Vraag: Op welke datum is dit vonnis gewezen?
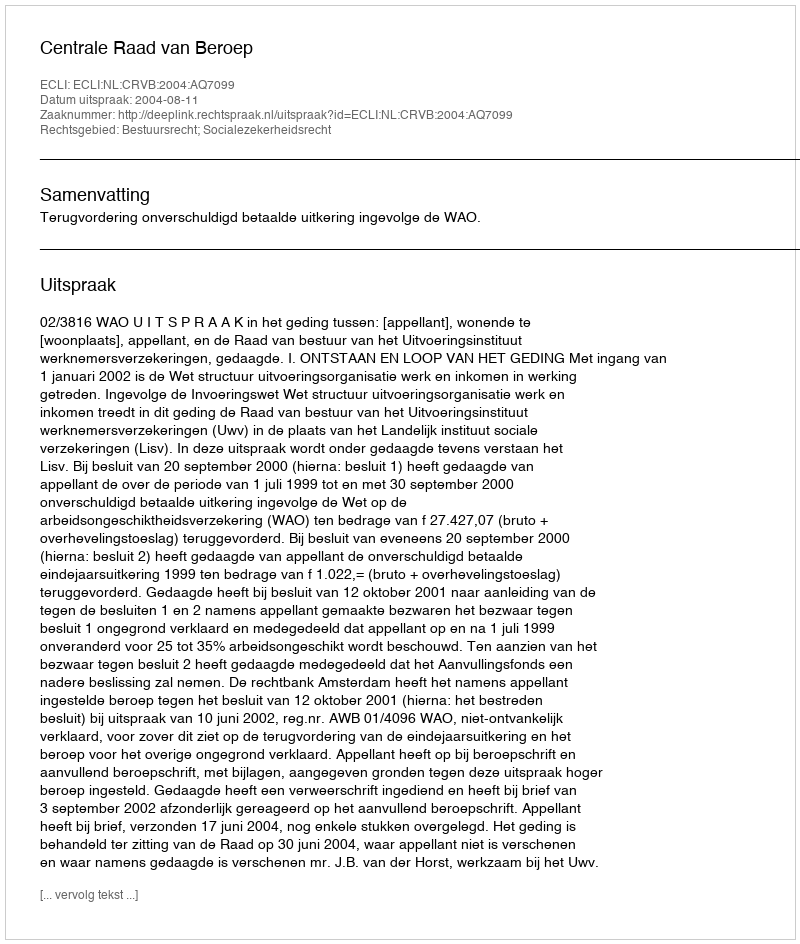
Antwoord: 2004-08-11